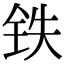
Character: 铁